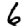
Digit: 6